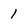
Character: 1